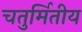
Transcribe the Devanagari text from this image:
चतुर्मितीय